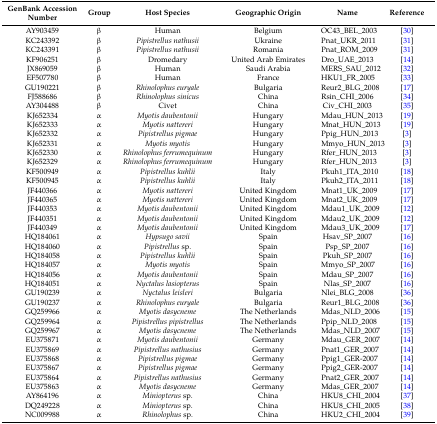
<table><thead><tr><td><b>GenBank Accession Number</b></td><td><b>Group</b></td><td><b>Host Species</b></td><td><b>Geographic Origin</b></td><td><b>Name</b></td><td><b>Reference</b></td></tr></thead><tbody><tr><td>AY903459</td><td>β</td><td>Human</td><td>Belgium</td><td>OC43_BEL_2003</td><td>[30]</td></tr><tr><td>KC243392</td><td>β</td><td><i>Pipistrellus nathusii</i></td><td>Ukraine</td><td>Pnat_UKR_2011</td><td>[31]</td></tr><tr><td>KC243391</td><td>β</td><td><i>Pipistrellus nathusii</i></td><td>Romania</td><td>Pnat_ROM_2009</td><td>[31]</td></tr><tr><td>KF906251</td><td>β</td><td>Dromedary</td><td>United Arab Emirates</td><td>Dro_UAE_2013</td><td>[14]</td></tr><tr><td>JX869059</td><td>β</td><td>Human</td><td>Saudi Arabia</td><td>MERS_SAU_2012</td><td>[32]</td></tr><tr><td>EF507780</td><td>β</td><td>Human</td><td>France</td><td>HKU1_FR_2005</td><td>[33]</td></tr><tr><td>GU190221</td><td>β</td><td><i>Rhinolophus euryale</i></td><td>Bulgaria</td><td>Reur2_BLG_2008</td><td>[17]</td></tr><tr><td>FJ588686</td><td>β</td><td><i>Rhinolophus sinicus</i></td><td>China</td><td>Rsin_CHI_2006</td><td>[34]</td></tr><tr><td>AY304488</td><td>β</td><td>Civet</td><td>China</td><td>Civ_CHI_2003</td><td>[35]</td></tr><tr><td>KJ652334</td><td>α</td><td><i>Myotis daubentonii</i></td><td>Hungary</td><td>Mdau_HUN_2013</td><td>[19]</td></tr><tr><td>KJ652333</td><td>α</td><td><i>Myotis nattereri</i></td><td>Hungary</td><td>Mnat_HUN_2013</td><td>[19]</td></tr><tr><td>KJ652332</td><td>α</td><td><i>Pipistrellus pigmae</i></td><td>Hungary</td><td>Ppig_HUN_2013</td><td>[3]</td></tr><tr><td>KJ652331</td><td>α</td><td><i>Myotis myotis</i></td><td>Hungary</td><td>Mmyo_HUN_2013</td><td>[3]</td></tr><tr><td>KJ652330</td><td>α</td><td><i>Rhinolophus ferrumequinum</i></td><td>Hungary</td><td>Rfer_HUN_2013</td><td>[3]</td></tr><tr><td>KJ652329</td><td>α</td><td><i>Rhinolophus ferrumequinum</i></td><td>Hungary</td><td>Rfer_HUN_2013</td><td>[3]</td></tr><tr><td>KF500949</td><td>α</td><td><i>Pipistrellus kuhlii</i></td><td>Italy</td><td>Pkuh1_ITA_2010</td><td>[18]</td></tr><tr><td>KF500945</td><td>α</td><td><i>Pipistrellus kuhlii</i></td><td>Italy</td><td>Pkuh2_ITA_2011</td><td>[18]</td></tr><tr><td>JF440366</td><td>α</td><td><i>Myotis nattereri</i></td><td>United Kingdom</td><td>Mnat1_UK_2009</td><td>[17]</td></tr><tr><td>JF440365</td><td>α</td><td><i>Myotis nattereri</i></td><td>United Kingdom</td><td>Mnat2_UK_2009</td><td>[17]</td></tr><tr><td>JF440353</td><td>α</td><td><i>Myotis daubentonii</i></td><td>United Kingdom</td><td>Mdau1_UK_2009</td><td>[12]</td></tr><tr><td>JF440351</td><td>α</td><td><i>Myotis daubentonii</i></td><td>United Kingdom</td><td>Mdau2_UK_2009</td><td>[12]</td></tr><tr><td>JF440349</td><td>α</td><td><i>Myotis daubentonii</i></td><td>United Kingdom</td><td>Mdau3_UK_2009</td><td>[17]</td></tr><tr><td>HQ184061</td><td>α</td><td><i>Hypsugo savii</i></td><td>Spain</td><td>Hsav_SP_2007</td><td>[16]</td></tr><tr><td>HQ184060</td><td>α</td><td><i>Pipistrellus</i> sp.</td><td>Spain</td><td>Psp_SP_2007</td><td>[16]</td></tr><tr><td>HQ184058</td><td>α</td><td><i>Pipistrellus kuhlii</i></td><td>Spain</td><td>Pkuh_SP_2007</td><td>[16]</td></tr><tr><td>HQ184057</td><td>α</td><td><i>Myotis myotis</i></td><td>Spain</td><td>Mmyo_SP_2007</td><td>[16]</td></tr><tr><td>HQ184056</td><td>α</td><td><i>Myotis daubentonii</i></td><td>Spain</td><td>Mdau_SP_2007</td><td>[16]</td></tr><tr><td>HQ184051</td><td>α</td><td><i>Nyctalus lasiopterus</i></td><td>Spain</td><td>Nlas_SP_2007</td><td>[16]</td></tr><tr><td>GU190239</td><td>α</td><td><i>Nyctalus leisleri</i></td><td>Bulgaria</td><td>Nlei_BLG_2008</td><td>[36]</td></tr><tr><td>GU190237</td><td>α</td><td><i>Rhinolophus euryale</i></td><td>Bulgaria</td><td>Reur1_BLG_2008</td><td>[36]</td></tr><tr><td>GQ259966</td><td>α</td><td><i>Myotis dasycneme</i></td><td>The Netherlands</td><td>Mdas_NLD_2006</td><td>[15]</td></tr><tr><td>GQ259964</td><td>α</td><td><i>Pipistrellus pipistrellus</i></td><td>The Netherlands</td><td>Ppip_NLD_2008</td><td>[15]</td></tr><tr><td>GQ259967</td><td>α</td><td><i>Myotis dasycneme</i></td><td>The Netherlands</td><td>Mdas_NLD_2007</td><td>[15]</td></tr><tr><td>EU375871</td><td>α</td><td><i>Myotis daubentonii</i></td><td>Germany</td><td>Mdau_GER_2007</td><td>[14]</td></tr><tr><td>EU375869</td><td>α</td><td><i>Pipistrellus nathusius</i></td><td>Germany</td><td>Pnat1_GER_2007</td><td>[14]</td></tr><tr><td>EU375868</td><td>α</td><td><i>Pipistrellus pigmae</i></td><td>Germany</td><td>Ppig1_GER-2007</td><td>[14]</td></tr><tr><td>EU375867</td><td>α</td><td><i>Pipistrellus pigmae</i></td><td>Germany</td><td>Ppig2_GER-2007</td><td>[14]</td></tr><tr><td>EU375864</td><td>α</td><td><i>Pipistrellus nathusius</i></td><td>Germany</td><td>Pnat2_GER_2007</td><td>[14]</td></tr><tr><td>EU375863</td><td>α</td><td><i>Myotis dasycneme</i></td><td>Germany</td><td>Mdas_GER_2007</td><td>[14]</td></tr><tr><td>AY864196</td><td>α</td><td><i>Miniopterus</i> sp.</td><td>China</td><td>HKU8_CHI_2004</td><td>[37]</td></tr><tr><td>DQ249228</td><td>α</td><td><i>Miniopterus</i> sp.</td><td>China</td><td>HKU8_CHI_2005</td><td>[38]</td></tr><tr><td>NC009988</td><td>α</td><td><i>Rhinolophus</i> sp.</td><td>China</td><td>HKU2_CHI_2004</td><td>[39]</td></tr></tbody></table>